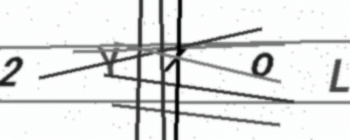
Text: 2Y7OL